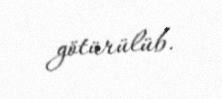
götürülüb.